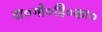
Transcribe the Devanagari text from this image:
दा०गो०हि०का०